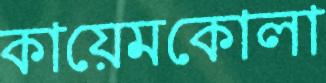
কায়েমকোলা